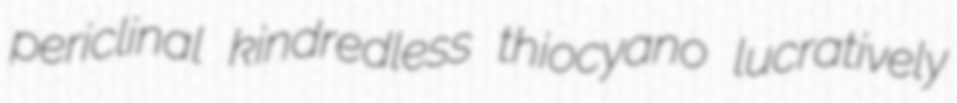
periclinal kindredless thiocyano lucratively